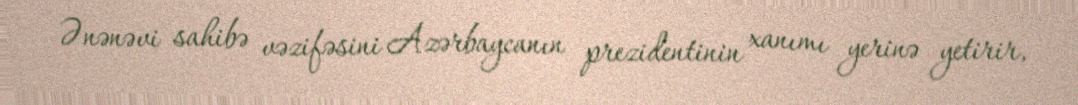
Ənənəvi sahibə vəzifəsini Azərbaycanın prezidentinin xanımı yerinə yetirir,